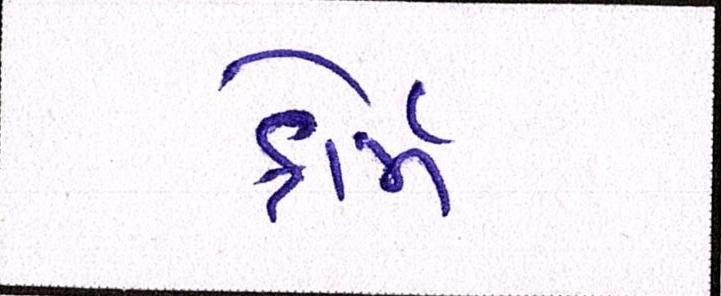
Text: ફોર્મ